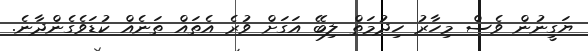
ޔަގީނުން ވެސް މިހާރު ހިދުމަތް ލިބޭ އަގަށް ވުރެ އެތައް ތަނެއް ކުޑަވެގެންދާނެ.